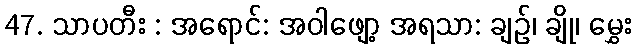
47. သာပတီး : အရောင်: အဝါဖျော့ အရသာ: ချဉ်၊ ချို၊ မွှေး